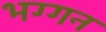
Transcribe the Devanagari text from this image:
भग्गन